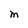
Character: M